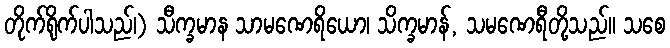
တိုက်ရိုက်ပါသည်၊) သီက္ခမာန သာမဏေရိယော၊ သိက္ခမာန်, သမဏေရီတို့သည်။ သစေ